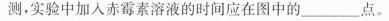
测，实验中加入赤霉素溶液的时间应在图中的___点。